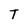
Character: T